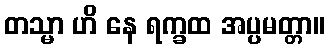
တသ္မာ ဟိ နေ ရက္ခထ အပ္ပမတ္တာ။